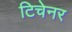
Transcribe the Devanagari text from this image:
टिचेनर